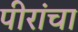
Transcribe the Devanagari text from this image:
पीरांचा